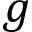
g